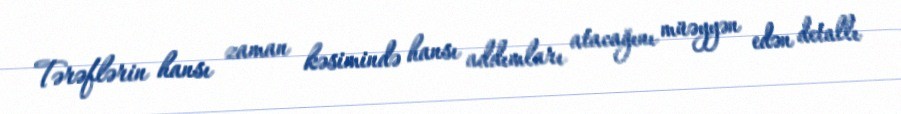
Tərəflərin hansı zaman kəsimində hansı addımları atacağını müəyyən edən detallı